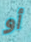
أو